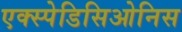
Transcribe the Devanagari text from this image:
एक्स्पेडिसिओनिस